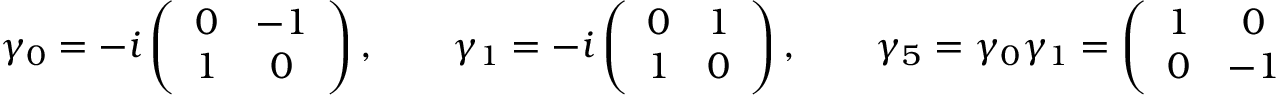
\gamma _ { 0 } = - i \left( \begin{array} { c c } { { 0 } } & { { - 1 } } \\ { { 1 } } & { { 0 } } \end{array} \right) , \qquad \gamma _ { 1 } = - i \left( \begin{array} { c c } { { 0 } } & { { 1 } } \\ { { 1 } } & { { 0 } } \end{array} \right) , \qquad \gamma _ { 5 } = \gamma _ { 0 } \gamma _ { 1 } = \left( \begin{array} { c c } { { 1 } } & { { 0 } } \\ { { 0 } } & { { - 1 } } \end{array} \right) ,